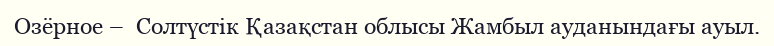
Озёрное –  Солтүстік Қазақстан облысы Жамбыл ауданындағы ауыл.